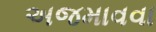
અજમાવવા